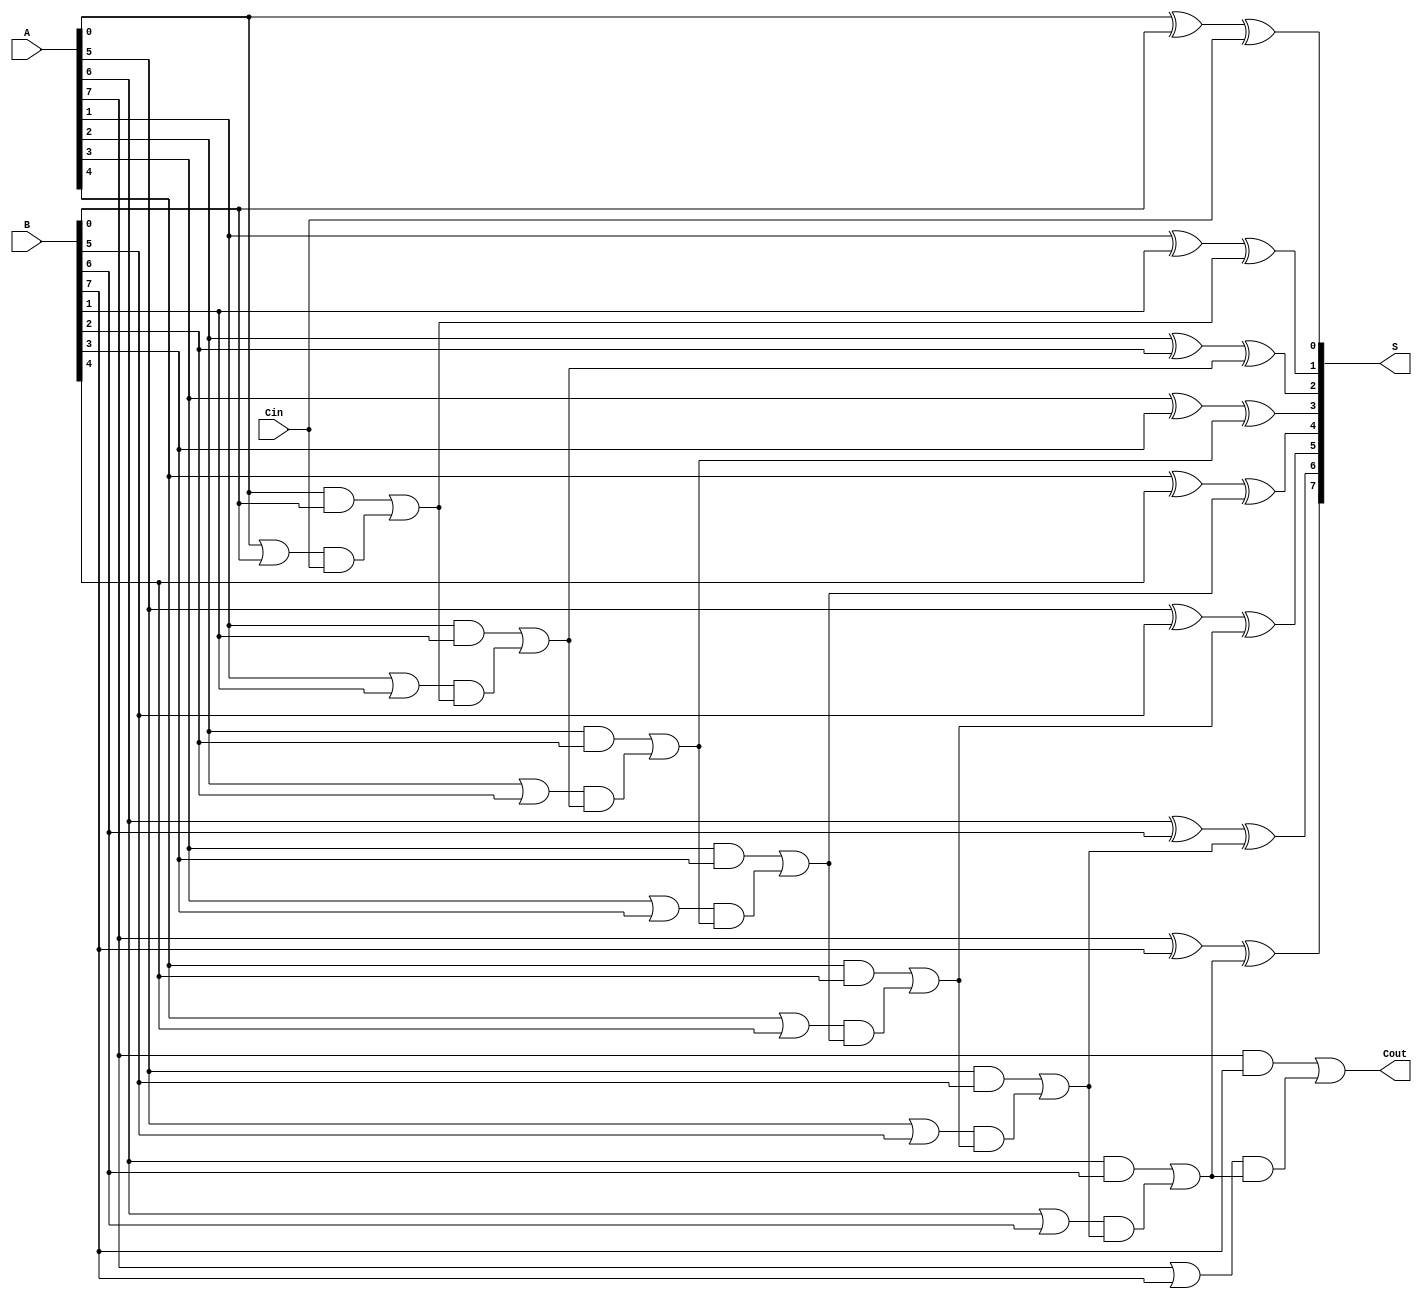
module SklanskyAdder #(parameter n = 8) (
    input [n-1:0] A,    // First n-bit input
    input [n-1:0] B,    // Second n-bit input
    input Cin,          // Carry-in
    output [n-1:0] S,   // n-bit sum output
    output Cout         // Carry-out
);

    // Generate and Propagate signals
    wire [n-1:0] G;     // Generate signals
    wire [n-1:0] P;     // Propagate signals
    wire [n:0] C;       // Carry signals

    // Generate and Propagate calculations
    genvar i;
    generate
        for (i = 0; i < n; i = i + 1) begin : gen_prop
            assign G[i] = A[i] & B[i]; // Generate
            assign P[i] = A[i] | B[i]; // Propagate
        end
    endgenerate

    // Carry calculations using Sklansky carry lookahead tree
    assign C[0] = Cin; // Initial carry-in

    generate
        for (i = 1; i <= n; i = i + 1) begin : carry_logic
            wire [i-1:0] G_temp;
            wire [i-1:0] P_temp;

            // Generate intermediate G and P signals
            assign G_temp = G[i-1:0];
            assign P_temp = P[i-1:0];

            // Carry generation
            assign C[i] = G_temp[i-1] | (P_temp[i-1] & C[i-1]);
        end
    endgenerate

    // Sum calculation
    generate
        for (i = 0; i < n; i = i + 1) begin : sum_logic
            assign S[i] = A[i] ^ B[i] ^ C[i]; // Sum bit calculation
        end
    endgenerate

    // Carry-out output
    assign Cout = C[n];

endmodule